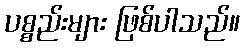
ပစ္စည်းများ ဖြစ်ပါသည်။